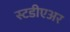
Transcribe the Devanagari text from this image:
स्टडीएअर